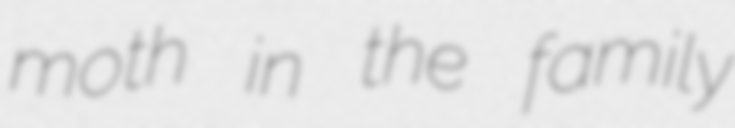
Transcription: moth in the family